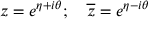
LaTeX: z = e ^ { \eta + i \theta } ; \quad \overline { { { z } } } = e ^ { \eta - i \theta }